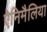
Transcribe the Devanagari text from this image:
ऐनिमैलिया